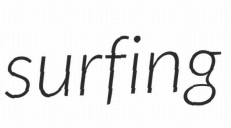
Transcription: surfing